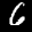
Label: 6